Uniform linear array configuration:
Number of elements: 16
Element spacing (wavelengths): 0.25
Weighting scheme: exponential
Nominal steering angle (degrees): -60
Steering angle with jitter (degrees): -61.509
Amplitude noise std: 0.05
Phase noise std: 0.05

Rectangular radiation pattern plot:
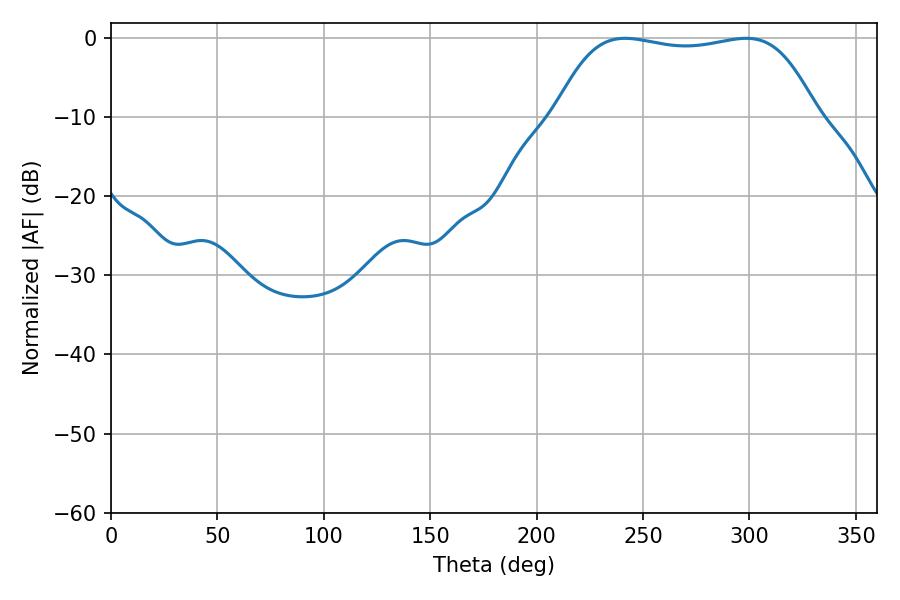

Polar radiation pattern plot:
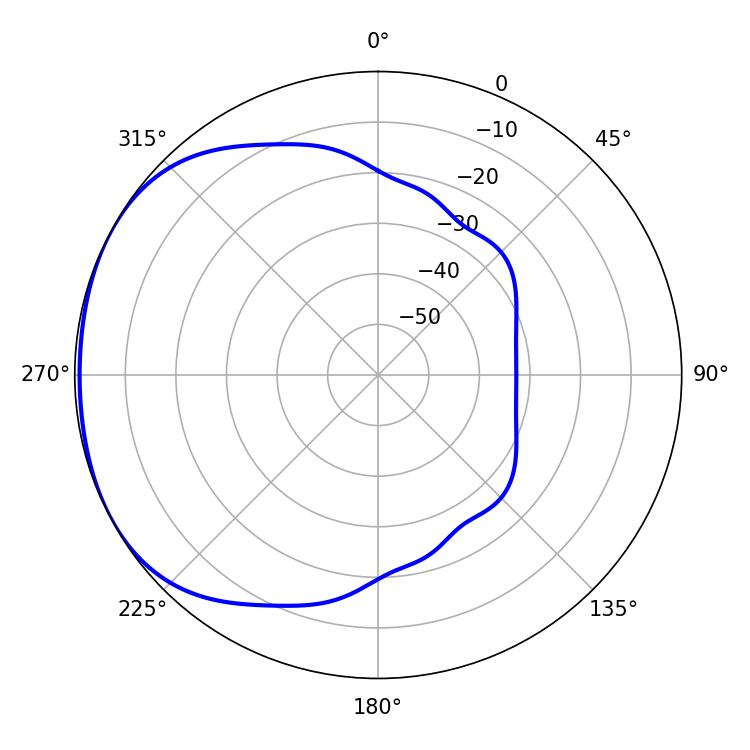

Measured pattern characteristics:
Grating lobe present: FALSE
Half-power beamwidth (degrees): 97.2
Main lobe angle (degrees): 241.56